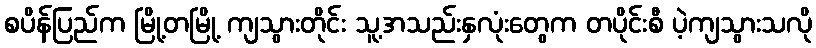
စပိန်ပြည်က မြို့တမြို့ ကျသွားတိုင်း သူ့အသည်းနှလုံးတွေက တပိုင်းစီ ပဲ့ကျသွားသလို